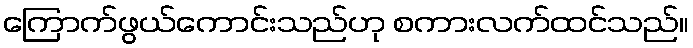
ကြောက်ဖွယ်ကောင်းသည်ဟု စကားလက်ထင်သည်။